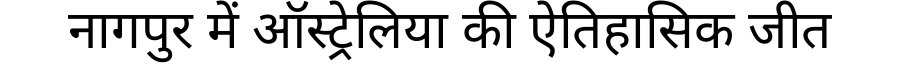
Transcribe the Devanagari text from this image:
नागपुर में ऑस्ट्रेलिया की ऐतिहासिक जीत